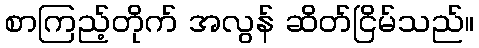
စာကြည့်တိုက် အလွန် ဆိတ်ငြိမ်သည်။